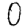
Digit: 0